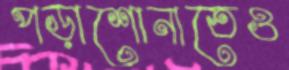
পড়াশোনাতেও